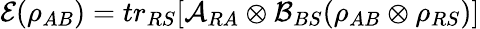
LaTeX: \mathcal{E}(\rho_{AB})=tr_{RS}[\mathcal{A}_{RA}\otimes\mathcal{B}_{BS}(\rho_{AB}\otimes\rho_{RS})]